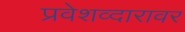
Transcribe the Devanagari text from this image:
प्रवेशव्दारावर